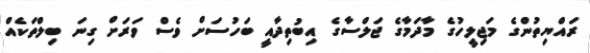
ރައްޔިތުންގެ މަޖިލީހުގެ މާދަމާގެ ޖަލްސާގެ އިބުތިދާއީ ބަހުސަށް ވެސް ވަރަށް ގިނަ ބިލްތަކެއް